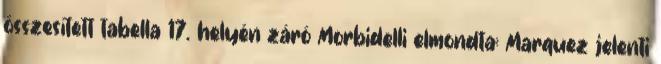
összesített tabella 17. helyén záró Morbidelli elmondta: Marquez jelenti